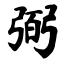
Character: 弼